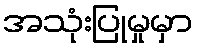
အသုံးပြုမှုမှာ